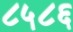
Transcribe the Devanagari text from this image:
८५८६